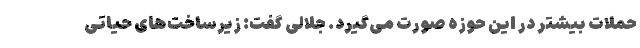
حملات بیشتر در این حوزه صورت می‌گیرد. جلالی گفت: زیرساخت‌های حیاتی